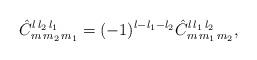
LaTeX: \begin{align*}\hat{C}^{l\,l_2\,l_1}_{m\,m_2\,m_1} = (-1)^{l-l_1-l_2}\hat{C}^{l\,l_1\,l_2}_{m\,m_1\,m_2},\end{align*}